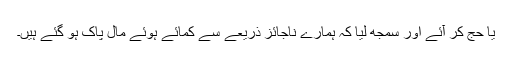
یا حج کر آئے اور سمجھ لیا کہ ہمارے ناجائز ذریعے سے کمائے ہوئے مال پاک ہو گئے ہیں۔